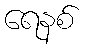
ရေနစ်